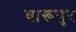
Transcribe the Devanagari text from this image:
बारूपुर